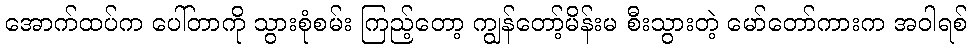
အောက်ထပ်က ပေါ်တာကို သွားစုံစမ်း ကြည့်တော့ ကျွန်တော့်မိန်းမ စီးသွားတဲ့ မော်တော်ကားက အဝါရစ်